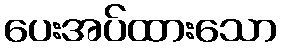
ပေးအပ်ထားသော